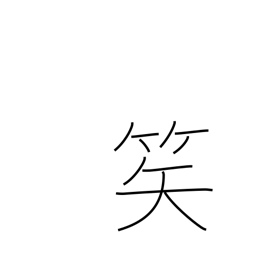
Meaning: arrow